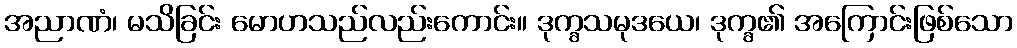
အညာဏံ၊ မသိခြင်း မောဟသည်လည်းကောင်း။ ဒုက္ခသမုဒယေ၊ ဒုက္ခ၏ အကြောင်းဖြစ်သော